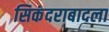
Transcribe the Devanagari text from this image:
सिकंदराबादला